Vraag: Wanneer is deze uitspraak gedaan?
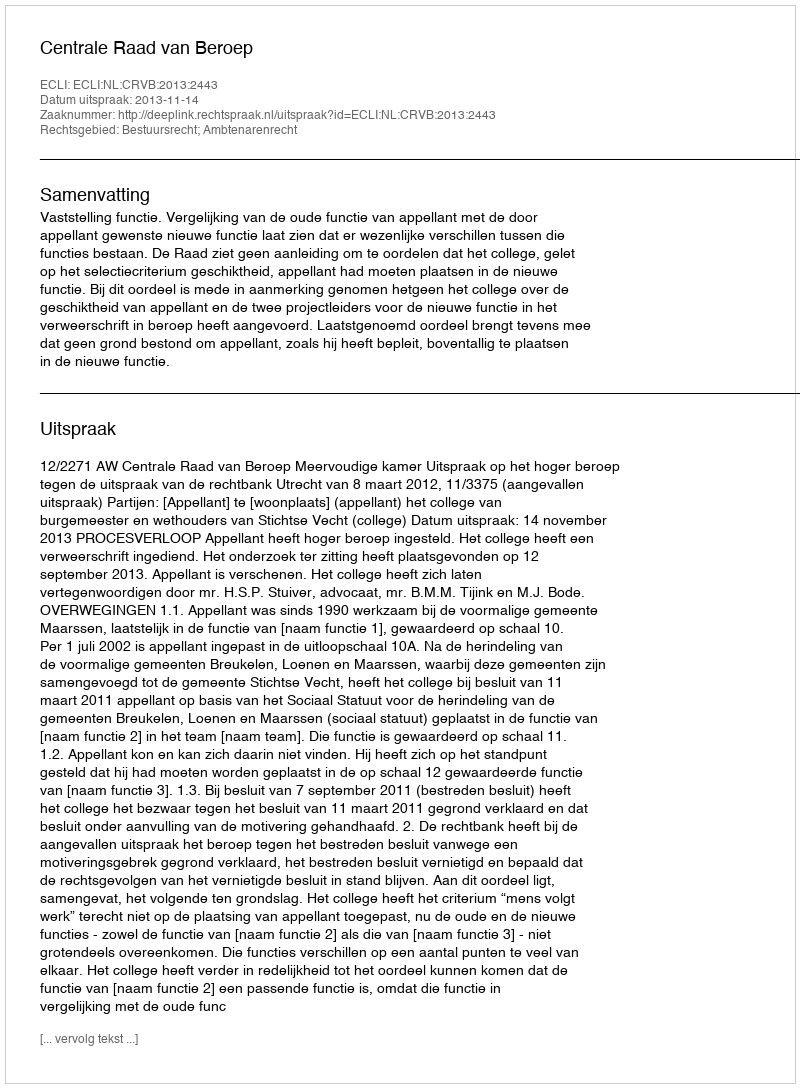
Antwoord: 2013-11-14